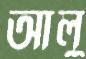
আলু